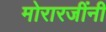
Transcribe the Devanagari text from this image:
मोरारजींनी